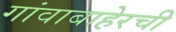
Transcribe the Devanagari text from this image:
गांवाबाहेरची